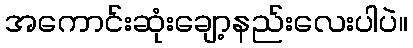
အကောင်းဆုံးချော့နည်းလေးပါပဲ။